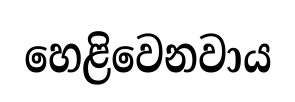
හෙළිවෙනවාය